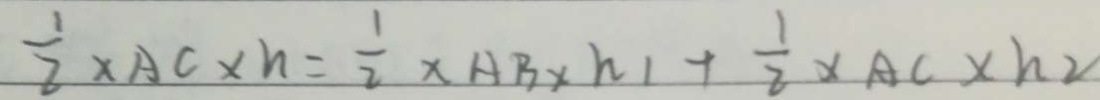
\frac { 1 } { 2 } \times A C \times h = \frac { 1 } { 2 } \times A B \times h _ { 1 } + \frac { 1 } { 2 } \times A C \times h _ { 2 }